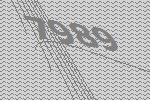
7989